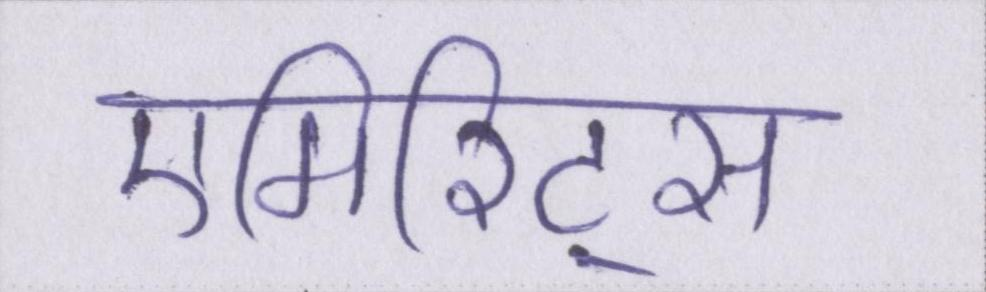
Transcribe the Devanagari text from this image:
एमिरिट्स